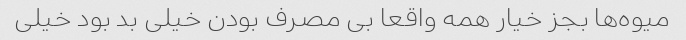
میوه‌ها بجز خیار همه واقعا بی مصرف بودن خیلی بد بود خیلی